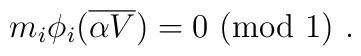
m_i\phi_i ({\overline {\alpha V}}) =0~(\mbox{mod}~1)~.